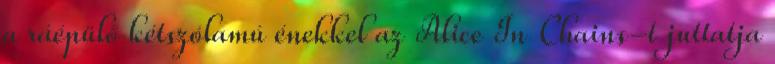
a ráépülő kétszólamú énekkel az Alice In Chains-t juttatja